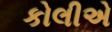
કોલીએ